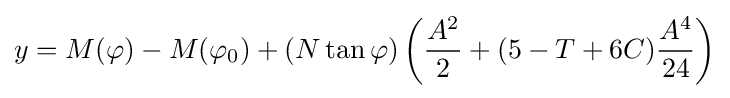
y=M(\varphi )-M(\varphi _{0})+(N\tan \varphi )\left({\frac {A^{2}}{2}}+(5-T+6C){\frac {A^{4}}{24}}\right)